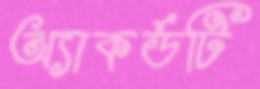
অ্যাকর্ডটি